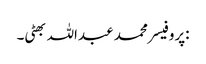
:پروفیسر محمد عبداللہ بھٹی۔